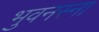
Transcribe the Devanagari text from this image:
भुवनस्ना